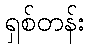
ရှစ်တန်း